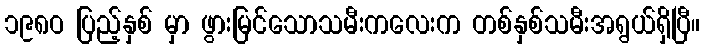
၁၉၈ဝ ပြည့်နှစ် မှာ ဖွားမြင်သောသမီးကလေးက တစ်နှစ်သမီးအရွယ်ရှိပြီ။